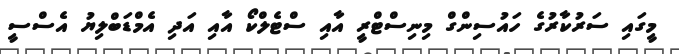
މީގައި ސަރުކާރުގެ ހައުސިންގް މިނިސްޓްރީ އާއި ސްޓެލްކޯ އާއި އަދި އެމްޑަބްލިޔު އެސްސީ